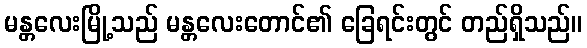
မန္တလေးမြို့သည် မန္တလေးတောင်၏ ခြေရင်းတွင် တည်ရှိသည်။